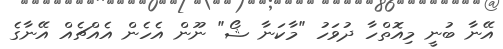
އޭނާ ބުނީ މިއޮތްހާ ދުވަހު "މާކަނާ ޝޯ" ނޫން އެހެން އެއްޗެއް އޭނާގެ